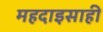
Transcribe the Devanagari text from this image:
महदाइसाही